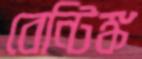
বেন্টিঙ্ক